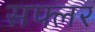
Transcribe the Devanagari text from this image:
सफ्लर